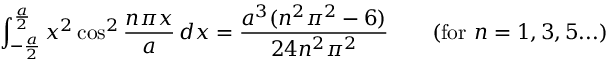
\int _ { - { \frac { a } { 2 } } } ^ { \frac { a } { 2 } } x ^ { 2 } \cos ^ { 2 } { \frac { n \pi x } { a } } \, d x = { \frac { a ^ { 3 } ( n ^ { 2 } \pi ^ { 2 } - 6 ) } { 2 4 n ^ { 2 } \pi ^ { 2 } } } \qquad { \mathrm { ( f o r ~ } } n = 1 , 3 , 5 . . . { \mathrm { ) } }